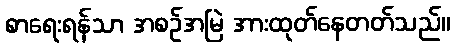
စာရေးရန်သာ အစဉ်အမြဲ အားထုတ်နေတတ်သည်။